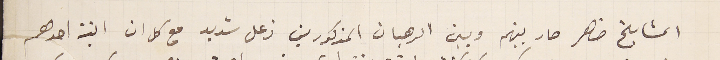
المشايخ ضاهر صار بينهم وبين الرهبان المذكورين زعل شديد مع كل ان ابنة احدهم